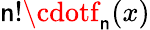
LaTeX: \mathsf{n}!\cdotf_{\mathsf{n}}(x)